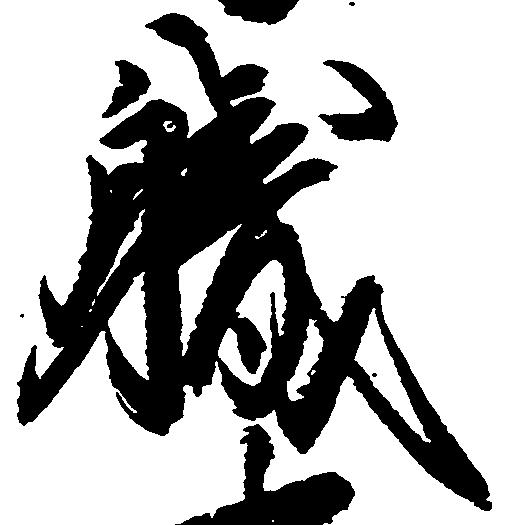
職